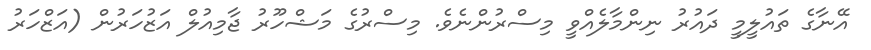
އޭނާގެ ތައުލީމީ ދައުރު ނިންމާލެއްވީ މިސްރުންނެވެ. މިސްރުގެ މަޝްހޫރު ޖާމިއުލް އަޒުހަރުން (އަޒްހަރު